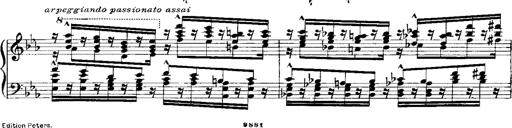
Title: RÃ©miniscences de Norma de Bellini
Composer: Franz Liszt